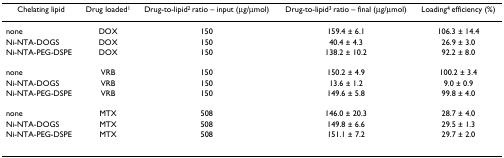
| Chelating lipid | Drug loaded1 | Drug-to-lipid2 ratio – input (μg/μmol) | Drug-to-lipid3 ratio – final (μg/μmol) | Loading4 efficiency (%) |
 | --- | --- | --- | --- | --- |
 | none | DOX | 150 | 159.4 ± 6.1 | 106.3 ± 14.4 |
 | Ni-NTA-DOGS | DOX | 150 | 40.4 ± 4.3 | 26.9 ± 3.0 |
 | Ni-NTA-PEG-DSPE | DOX | 150 | 138.2 ± 10.2 | 92.2 ± 8.0 |
 | none | VRB | 150 | 150.2 ± 4.9 | 100.2 ± 3.4 |
 | Ni-NTA-DOGS | VRB | 150 | 13.6 ± 1.2 | 9.0 ± 0.9 |
 | Ni-NTA-PEG-DSPE | VRB | 150 | 149.6 ± 5.8 | 99.8 ± 4.0 |
 | none | MTX | 508 | 146.0 ± 20.3 | 28.7 ± 4.0 |
 | Ni-NTA-DOGS | MTX | 508 | 149.8 ± 6.6 | 29.5 ± 1.3 |
 | Ni-NTA-PEG-DSPE | MTX | 508 | 151.1 ± 7.2 | 29.7 ± 2.0 |